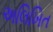
અલિખિત